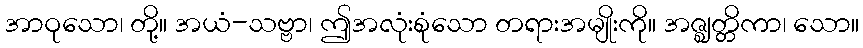
အာဝုသော၊ တို့။ အယံ-သဗ္ဗာ၊ ဤအလုံးစုံသော တရားအမျိုးကို။ အဇ္ဈတ္တိကာ၊ သော။